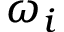
\omega _ { i }